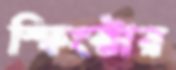
স্ফিংক্টার